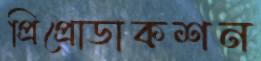
প্রিপ্রোডাকশন